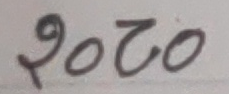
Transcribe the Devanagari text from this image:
२०२०